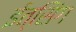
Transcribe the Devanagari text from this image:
ईत्सिंग